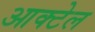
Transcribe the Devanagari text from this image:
आक्टेल